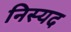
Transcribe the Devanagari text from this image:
निस्यद